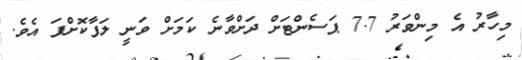
މިހާރު އެ މިންވަރު 7.7 ޕަސެންޓަށް ދަށްވާނެ ކަމަށް ވަނީ ލަފާކޮށްފަ އެވެ.